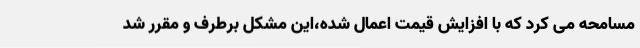
مسامحه می کرد که با افزایش قیمت اعمال شده،این مشکل برطرف و مقرر شد